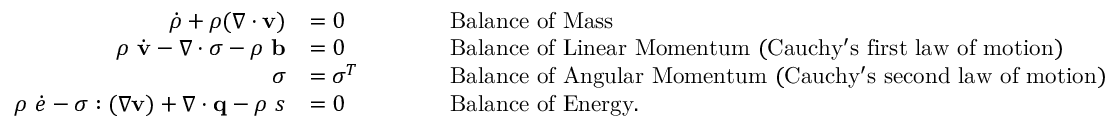
{ \begin{array} { r l r l } { { \dot { \rho } } + \rho ( { \boldsymbol { \nabla } } \cdot \mathbf { v } ) } & { = 0 } & & { \qquad { \mathrm { B a l a n c e ~ o f ~ M a s s } } } \\ { \rho ~ { \dot { \mathbf { v } } } - { \boldsymbol { \nabla } } \cdot { \boldsymbol { \sigma } } - \rho ~ \mathbf { b } } & { = 0 } & & { \qquad { \mathrm { B a l a n c e ~ o f ~ L i n e a r ~ M o m e n t u m ~ ( C a u c h y ' s ~ f i r s t ~ l a w ~ o f ~ m o t i o n ) } } } \\ { { \boldsymbol { \sigma } } } & { = { \boldsymbol { \sigma } } ^ { T } } & & { \qquad { \mathrm { B a l a n c e ~ o f ~ A n g u l a r ~ M o m e n t u m ~ ( C a u c h y ' s ~ s e c o n d ~ l a w ~ o f ~ m o t i o n ) } } } \\ { \rho ~ { \dot { e } } - { \boldsymbol { \sigma } } : ( { \boldsymbol { \nabla } } \mathbf { v } ) + { \boldsymbol { \nabla } } \cdot \mathbf { q } - \rho ~ s } & { = 0 } & & { \qquad { \mathrm { B a l a n c e ~ o f ~ E n e r g y . } } } \end{array} }